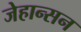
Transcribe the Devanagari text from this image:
जेहान्सन